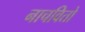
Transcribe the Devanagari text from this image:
नाचवितो